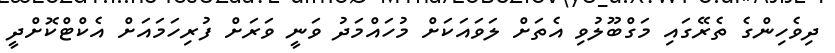
ދިވެހިންގެ ތެރޭގައި މަގްބޫލުވި އެތަށް ލަވައަކަށް މުހައްމަދު ވަނީ ވަރަށް ފުރިހަމައަށް އެކްޓްކޮށްދީ